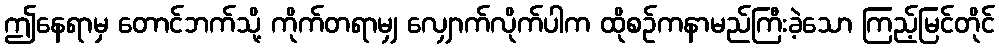
ဤနေရာမှ တောင်ဘက်သို့ ကိုက်တရာမျှ လျှောက်လိုက်ပါက ထိုစဉ်ကနာမည်ကြီးခဲ့သော ကြည့်မြင်တိုင်